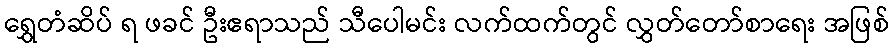
ရွှေတံဆိပ် ရ ဖခင် ဦးဧရာသည် သီပေါမင်း လက်ထက်တွင် လွှတ်တော်စာရေး အဖြစ်